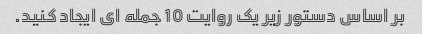
بر اساس دستور زیر یک روایت 10 جمله ای ایجاد کنید.